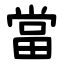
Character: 當